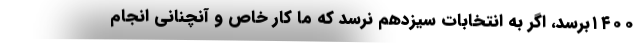
۱۴۰۰برسد، اگر به انتخابات سیزدهم نرسد که ما کار خاص و آنچنانی انجام